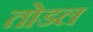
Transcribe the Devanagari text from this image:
तोडल